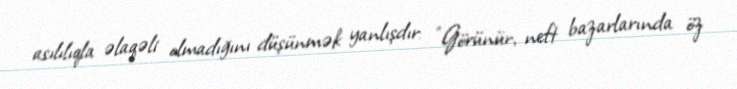
asılılıqla əlaqəli olmadığını düşünmək yanlışdır: "Görünür, neft bazarlarında öz